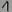
Text: 1